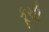
કૂચી